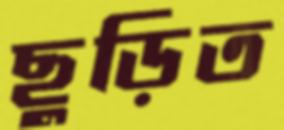
ছুড়িত